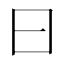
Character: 曰